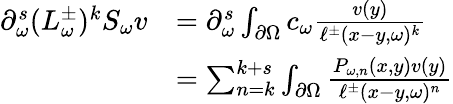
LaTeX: \begin{array}{rl}{\partial_{\omega}^{s}(L_{\omega}^{\pm})^{k}S_{\omega}v}&{=\partial_{\omega}^{s}\int_{\partial\Omega}c_{\omega}\frac{v(y)}{\ell^{\pm}(x-y,\omega)^{k}}}\\ &{=\sum_{n=k}^{k+s}\int_{\partial\Omega}\frac{P_{\omega,n}(x,y)v(y)}{\ell^{\pm}(x-y,\omega)^{n}}}\end{array}